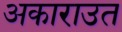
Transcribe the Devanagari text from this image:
अकाराउत